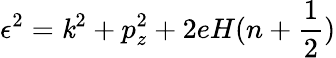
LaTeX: \epsilon^{2}=\mathit{k}^{2}+p_{z}^{2}+2eH(n+\frac{{1}}{{2}})